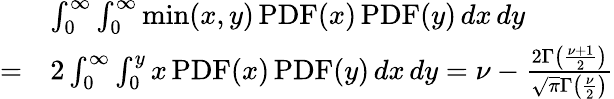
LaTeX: \begin{array}{rl}&{\int_{0}^{\infty}\int_{0}^{\infty}\operatorname*{min}(x,y)\operatorname{PDF}(x)\operatorname{PDF}(y)\, dx\, dy}\\ {=}&{2\int_{0}^{\infty}\int_{0}^{y}x\operatorname{PDF}(x)\operatorname{PDF}(y)\, dx\, dy=\nu-\frac{2\Gamma\left(\frac{\nu+1}{2}\right)}{\sqrt{\pi}\Gamma\left(\frac{\nu}{2}\right)}}\end{array}